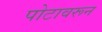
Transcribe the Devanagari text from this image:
पोटावरून